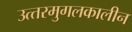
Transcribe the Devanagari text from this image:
उत्‍तरमुगलकालीन